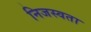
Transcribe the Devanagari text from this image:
निजस्वता